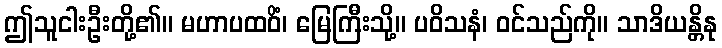
ဤသူငါးဦးတို့၏။ မဟာပထဝိံ၊ မြေကြီးသို့။ ပဝိသနံ၊ ဝင်သည်ကို။ သာဒိယန္တိနု